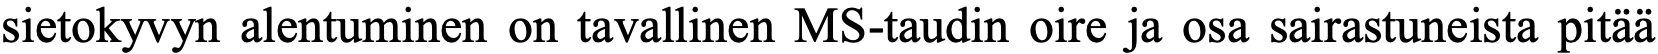
sietokyvyn alentuminen on tavallinen MS-taudin oire ja osa sairastuneista pitää